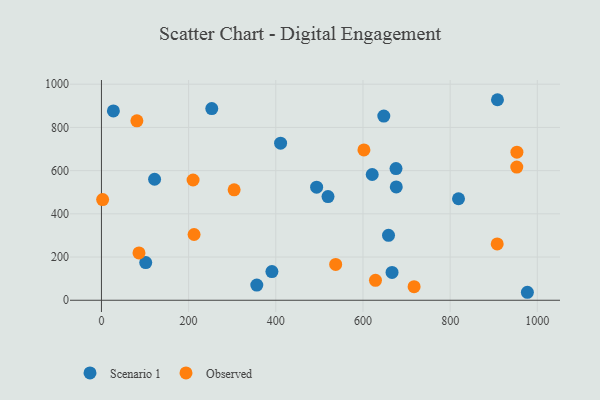
{"axis": {"x": "Experience", "y": "Fuel Efficiency"}, "legend": ["Observed", "Scenario 1"], "data": [{"x": "658.6", "y": 300.7, "type": "Scenario 1"}, {"x": "621.2", "y": 582.0, "type": "Scenario 1"}, {"x": "666.7", "y": 128.8, "type": "Scenario 1"}, {"x": "519.8", "y": 479.9, "type": "Scenario 1"}, {"x": "493.7", "y": 523.4, "type": "Scenario 1"}, {"x": "356.4", "y": 70.2, "type": "Scenario 1"}, {"x": "27.4", "y": 876.4, "type": "Scenario 1"}, {"x": "676.4", "y": 524.5, "type": "Scenario 1"}, {"x": "121.9", "y": 560.0, "type": "Scenario 1"}, {"x": "391.1", "y": 132.7, "type": "Scenario 1"}, {"x": "253.1", "y": 887.2, "type": "Scenario 1"}, {"x": "977.2", "y": 36.9, "type": "Scenario 1"}, {"x": "675.8", "y": 609.4, "type": "Scenario 1"}, {"x": "908.6", "y": 928.2, "type": "Scenario 1"}, {"x": "411.0", "y": 727.3, "type": "Scenario 1"}, {"x": "819.2", "y": 469.8, "type": "Scenario 1"}, {"x": "101.6", "y": 174.5, "type": "Scenario 1"}, {"x": "647.8", "y": 852.3, "type": "Scenario 1"}, {"x": "953.2", "y": 685.6, "type": "Observed"}, {"x": "304.4", "y": 511.3, "type": "Observed"}, {"x": "2.7", "y": 465.8, "type": "Observed"}, {"x": "212.5", "y": 304.3, "type": "Observed"}, {"x": "602.2", "y": 695.9, "type": "Observed"}, {"x": "717.3", "y": 62.7, "type": "Observed"}, {"x": "81.3", "y": 830.6, "type": "Observed"}, {"x": "537.4", "y": 165.9, "type": "Observed"}, {"x": "952.9", "y": 616.6, "type": "Observed"}, {"x": "86.1", "y": 219.2, "type": "Observed"}, {"x": "908.0", "y": 260.5, "type": "Observed"}, {"x": "210.2", "y": 556.7, "type": "Observed"}, {"x": "628.7", "y": 92.2, "type": "Observed"}]}